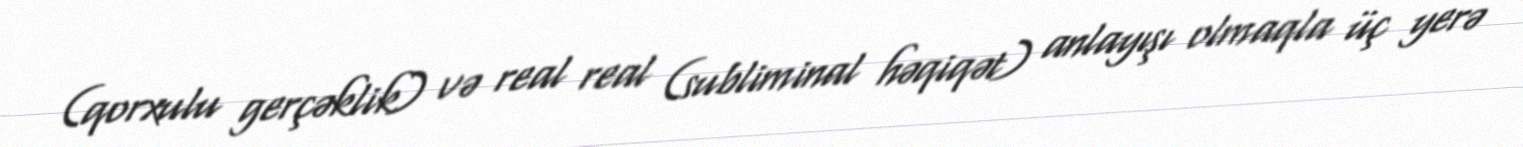
(qorxulu gerçəklik) və real real (subliminal həqiqət) anlayışı olmaqla üç yerə